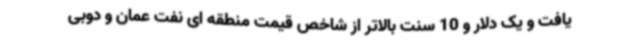
یافت و یک دلار و 10 سنت بالاتر از شاخص قیمت منطقه ای نفت عمان و دوبی